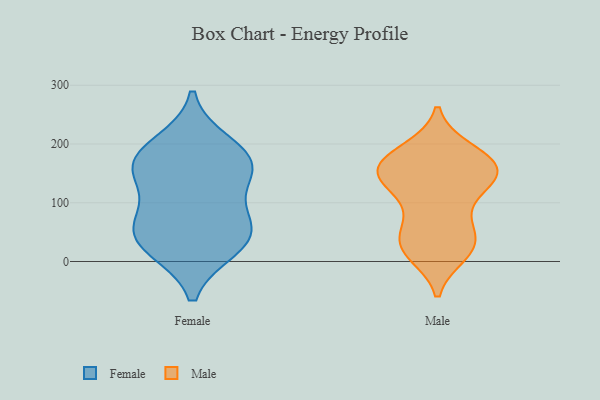
{"axis": {"x": "Website Visitors", "y": "Value"}, "legend": ["Female", "Male"], "data": [{"x": "", "y": 141, "type": "Female"}, {"x": "", "y": 200, "type": "Female"}, {"x": "", "y": 71, "type": "Female"}, {"x": "", "y": 66, "type": "Female"}, {"x": "", "y": 26, "type": "Female"}, {"x": "", "y": 164, "type": "Female"}, {"x": "", "y": 171, "type": "Female"}, {"x": "", "y": 50, "type": "Female"}, {"x": "", "y": 23, "type": "Female"}, {"x": "", "y": 163, "type": "Female"}, {"x": "", "y": 102, "type": "Male"}, {"x": "", "y": 27, "type": "Male"}, {"x": "", "y": 58, "type": "Male"}, {"x": "", "y": 175, "type": "Male"}, {"x": "", "y": 133, "type": "Male"}, {"x": "", "y": 25, "type": "Male"}, {"x": "", "y": 165, "type": "Male"}, {"x": "", "y": 189, "type": "Male"}, {"x": "", "y": 31, "type": "Male"}, {"x": "", "y": 186, "type": "Male"}, {"x": "", "y": 69, "type": "Male"}, {"x": "", "y": 160, "type": "Male"}, {"x": "", "y": 156, "type": "Male"}, {"x": "", "y": 138, "type": "Male"}, {"x": "", "y": 140, "type": "Male"}, {"x": "", "y": 148, "type": "Male"}, {"x": "", "y": 23, "type": "Male"}, {"x": "", "y": 14, "type": "Male"}, {"x": "", "y": 152, "type": "Male"}]}